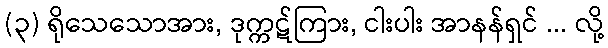
(၃) ရိုသေသောအား, ဒုက္ကဋ်ကြား, ငါးပါး အာနန်ရှင် ... လို့